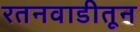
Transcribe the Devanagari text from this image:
रतनवाडीतून